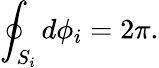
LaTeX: \oint_{S_{i}}{d\phi_{i}}=2\pi.